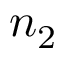
n _ { 2 }